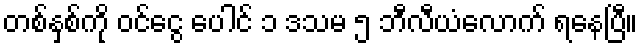
တစ်နှစ်ကို ဝင်ငွေ ပေါင် ၁ ဒသမ ၅ ဘီလီယံလောက် ရနေပြီ။